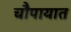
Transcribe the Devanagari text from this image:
चौपायात